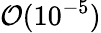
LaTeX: {\cal O}(10^{-5})